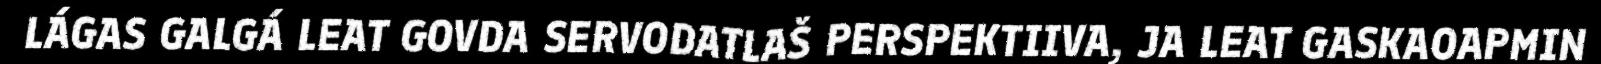
LÁGAS GALGÁ LEAT GOVDA SERVODATLAŠ PERSPEKTIIVA, JA LEAT GASKAOAPMIN